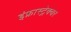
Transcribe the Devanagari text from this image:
इंफ्रास्ट्रेक्चर